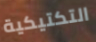
التكتيكية